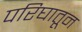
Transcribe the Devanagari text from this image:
परिघातून